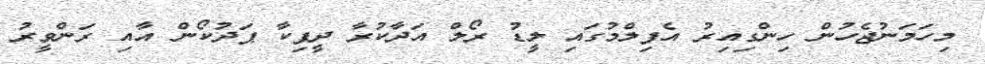
މިހަމަނުޖެހުން ހިންގިއިރު އެފިލްމުގައި ލީޑު ރޯލް އަދާކުރާ ދީޕިކާ ޕަދުކޯން އާއި ރަންވީރު